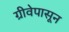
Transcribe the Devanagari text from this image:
ग्रीवेपासून